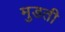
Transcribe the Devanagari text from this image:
मुडती